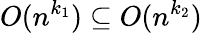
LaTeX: O(n^{k_{1}})\subseteq O(n^{k_{2}})